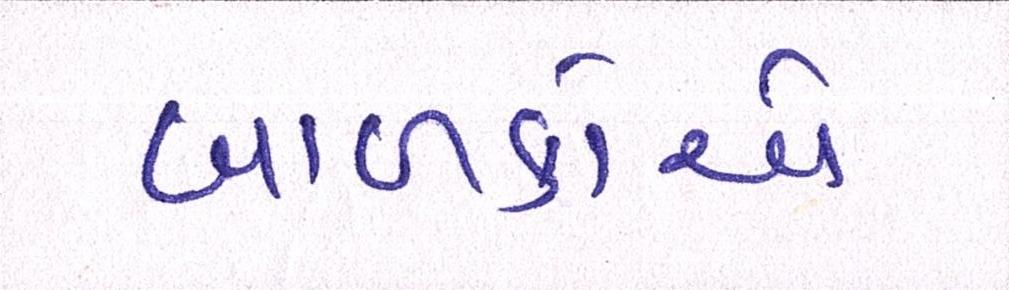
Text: બાળકોએ